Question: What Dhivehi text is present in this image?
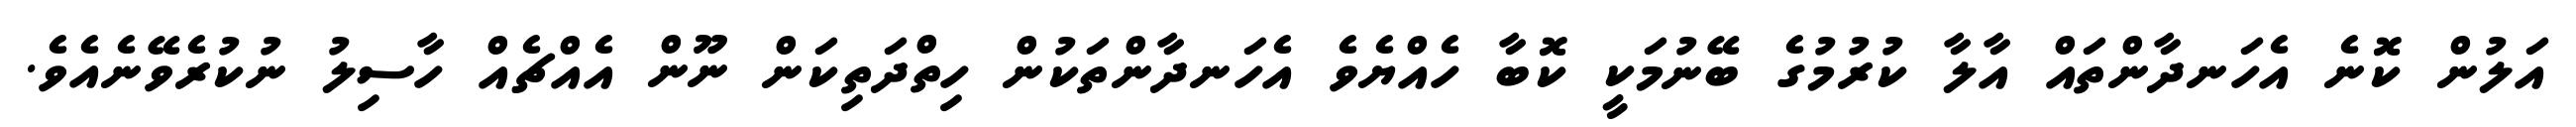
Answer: އަލުން ކޮނެ އެހަނދާންތައް އާލާ ކުރުމުގެ ބޭނުމަކީ ކޮބާ ހެއްޔެވެ އެހަނދާންތަކުން ހިތްދަތިކަން ނޫން އެއްޗެއް ހާސިލު ނުކުރެވޭނެއެވެ.